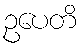
ဥပေတိ